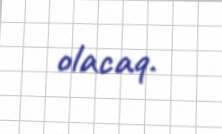
olacaq.